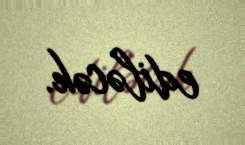
ediləcək.